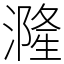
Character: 漋